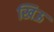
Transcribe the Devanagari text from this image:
खिऊ